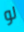
لو